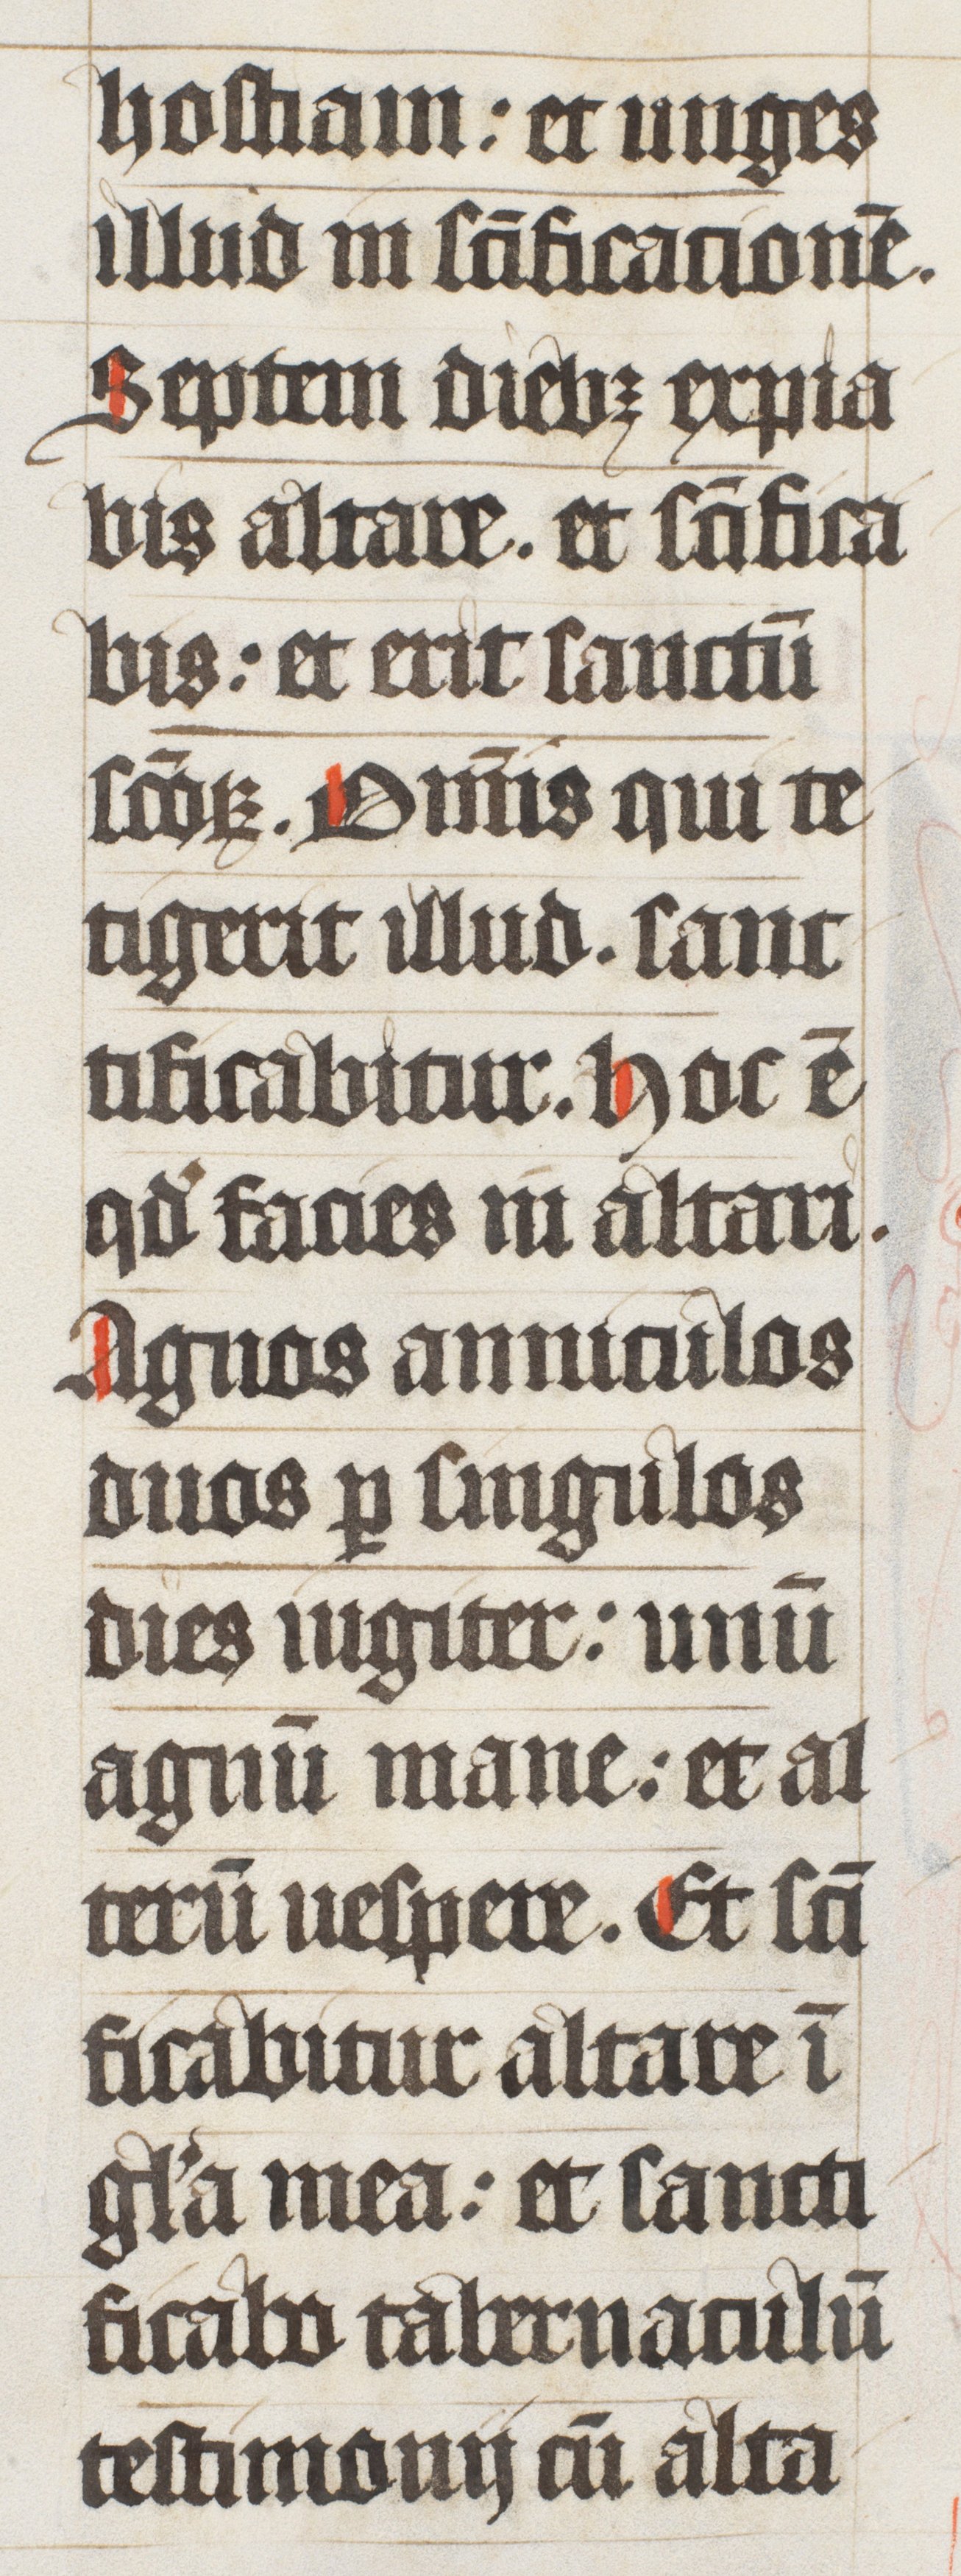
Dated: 1447–1478